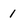
Character: 1